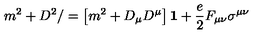
m ^ { 2 } + D ^ { 2 } / = \left[ m ^ { 2 } + D _ { \mu } D ^ { \mu } \right] { \bf 1 } + \frac { e } { 2 } F _ { \mu \nu } \sigma ^ { \mu \nu }